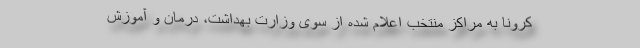
کرونا به مراکز منتخب اعلام شده از سوی وزارت بهداشت، درمان و آموزش